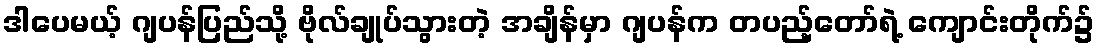
ဒါပေမယ့် ဂျပန်ပြည်သို့ ဗိုလ်ချုပ်သွားတဲ့ အချိန်မှာ ဂျပန်က တပည့်တော်ရဲ့ ကျောင်းတိုက်၌